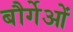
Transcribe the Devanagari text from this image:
बौर्गेओं